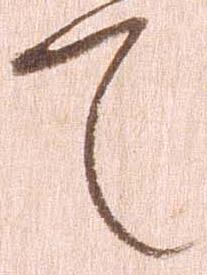
て